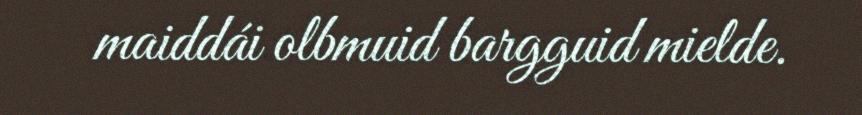
maiddái olbmuid bargguid mielde.